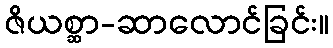
ဇိယစ္ဆာ-ဆာလောင်ခြင်း။